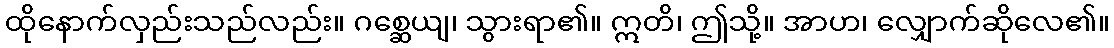
ထိုနောက်လှည်းသည်လည်း။ ဂစ္ဆေယျ၊ သွားရာ၏။ ဣတိ၊ ဤသို့။ အာဟ၊ လျှောက်ဆိုလေ၏။